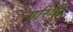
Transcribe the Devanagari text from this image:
गरिवी